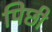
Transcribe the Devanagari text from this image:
पिछी